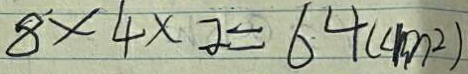
8 ^ { \prime } \times 4 \times 2 = 6 4 ( c m ^ { 2 } )